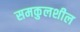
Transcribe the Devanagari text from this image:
समकुलशील